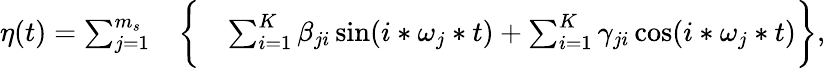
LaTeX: \begin{array}{rlr}{\eta(t)=\sum_{j=1}^{m_{s}}}&{{}\bigg\{ }&{\sum_{i=1}^{K}\beta_{ji}\sin(i*\omega_{j}*t)+\sum_{i=1}^{K}\gamma_{ji}\cos(i*\omega_{j}*t)\bigg\} ,}\end{array}